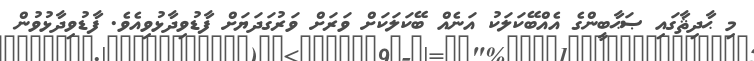
މި ޙާދިޘާގައި ޞަޙާބީންގެ އެއްބޭކަލަކު އަނެއް ބޭކަލަކަށް ވަރަށް ވަރުގަދަޔަށް ފާޑުވިދާޅުވިއެވެ. ފާޑުވިދާޅުވުން